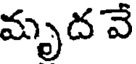
మృద వే